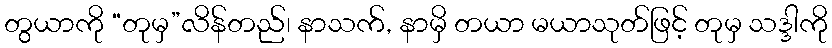
တွယာကို “တုမှ”လိန်တည်၊ နာသက်, နာမှိ တယာ မယာသုတ်ဖြင့် တုမှ သဒ္ဒါကို